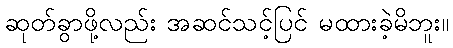
ဆုတ်ခွာဖို့လည်း အဆင်သင့်ပြင် မထားခဲ့မိဘူး။